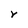
Character: r